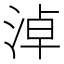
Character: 淖